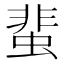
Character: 蜚